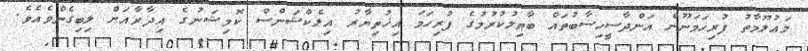
މަޢުލޫމާތު ފުރިހަމަނޫން އަންދާސީހިސާބުތައް ބާޠިލުކުރުމުގެ ފުރިހަމަ އިޚުތިޔާރު އިލެކްޝަންސް ކޮމިޝަނުގެ އިދާރާއަށް ލިބިގެންވެއެވެ.